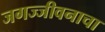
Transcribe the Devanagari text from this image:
जगज्जीवनाचा